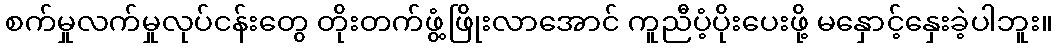
စက်မှုလက်မှုလုပ်ငန်းတွေ တိုးတက်ဖွံ့ဖြိုးလာအောင် ကူညီပံ့ပိုးပေးဖို့ မနှောင့်နှေးခဲ့ပါဘူး။